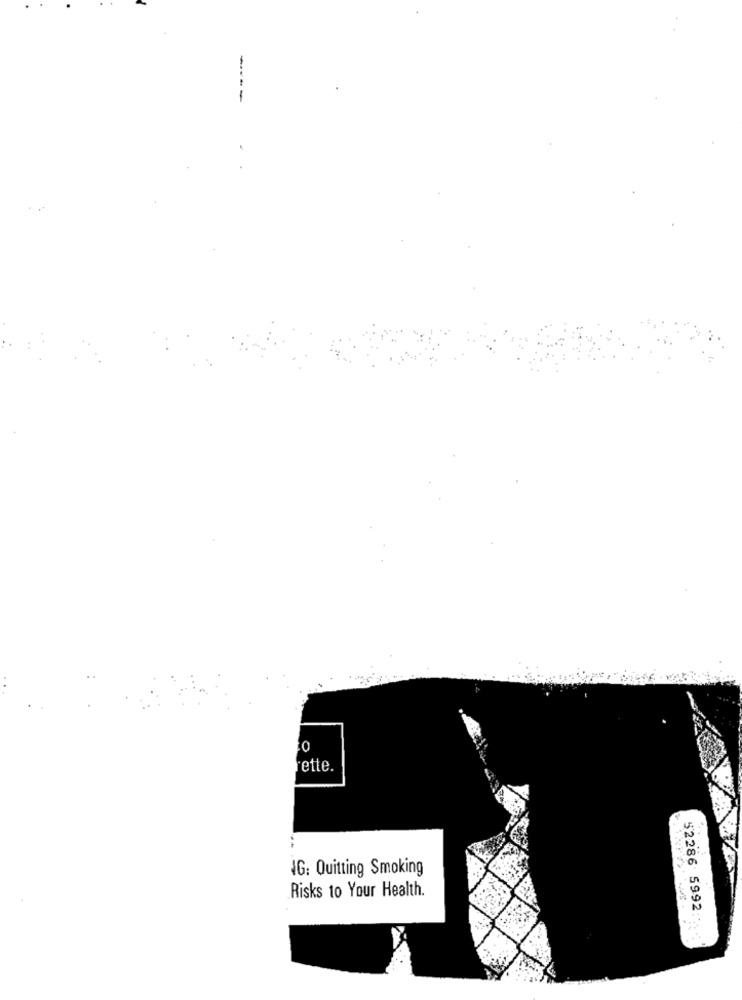
-
--
Fette.
IG: Quitting Smoking
Risks to Your Health.
52286 5992